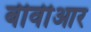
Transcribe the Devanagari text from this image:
बीवीआर